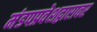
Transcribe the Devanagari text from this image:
मंडपप्रवेशद्वारावर